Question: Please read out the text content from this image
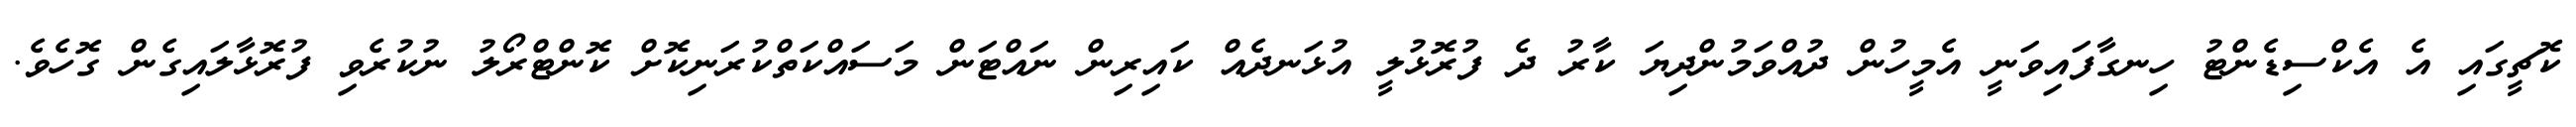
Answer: ކޮޗީގައި އެ އެކްސިޑެންޓު ހިނގާފައިވަނީ އެމީހުން ދުއްވަމުންދިޔަ ކާރު ދެ ފުރޮޅުލީ އުޅަނދެއް ކައިރިން ނައްޓަން މަސައްކަތްކުރަނިކޮށް ކޮންޓްރޯލު ނުކުރެވި ފުރޮޅާލައިގެން ގޮހެވެ.